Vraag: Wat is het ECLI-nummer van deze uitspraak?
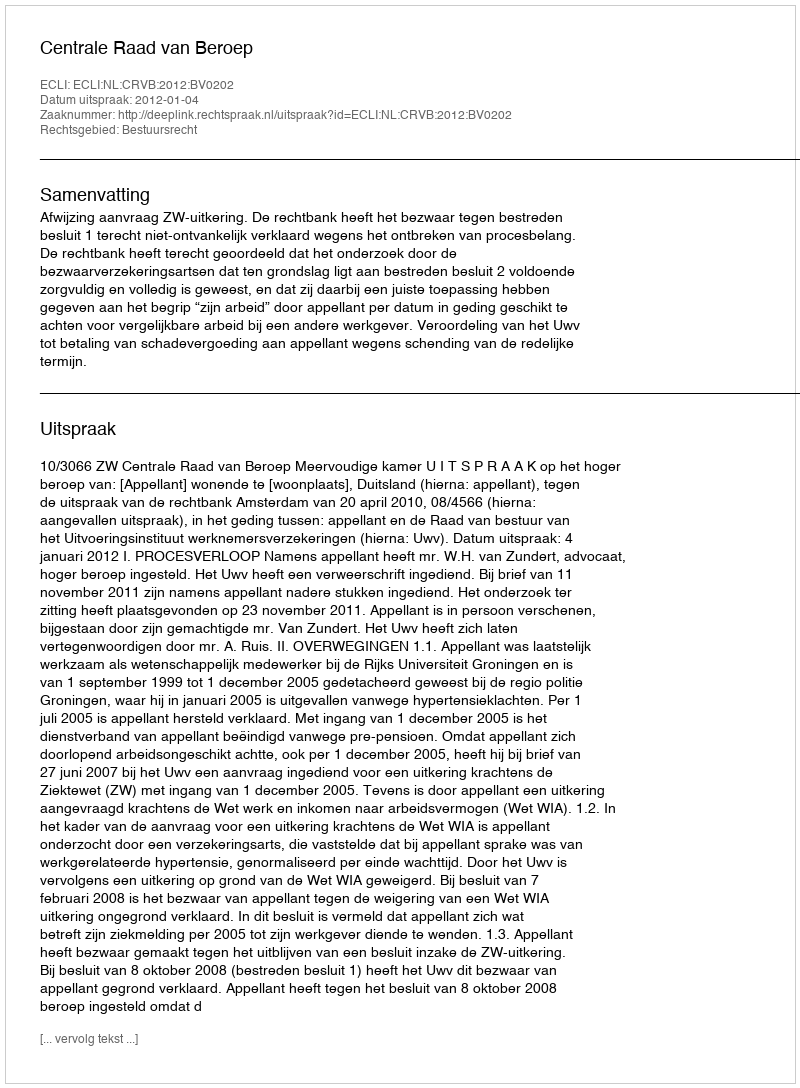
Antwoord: ECLI:NL:CRVB:2012:BV0202